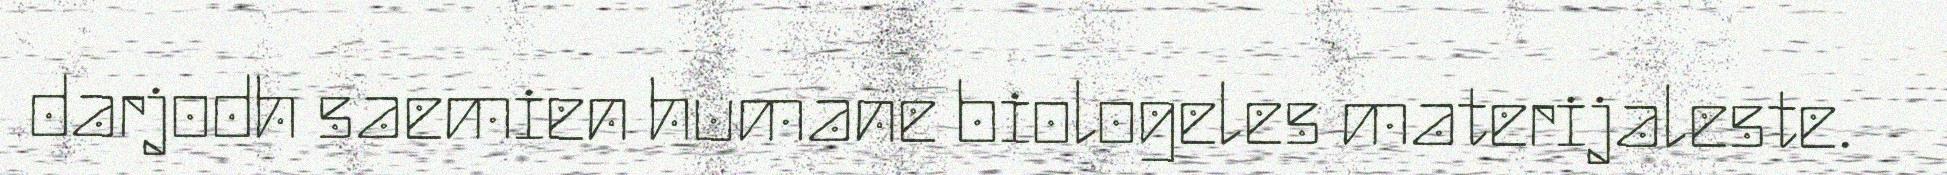
darjodh saemien humane biologeles materijaleste.